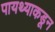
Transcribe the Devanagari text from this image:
पायथ्याकडून